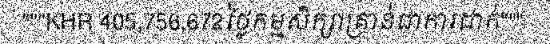
"""KHR 405,756,672ថ្លៃកម្មសិក្សាគ្រាន់ជាការដាក់"""